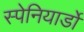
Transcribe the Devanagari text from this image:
स्पेनियार्डों